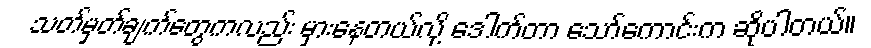
သတ်မှတ်ချက်တွေကလည်း မှားနေတယ်လို့ ဒေါက်တာ သော်ကောင်းက ဆိုပါတယ်။